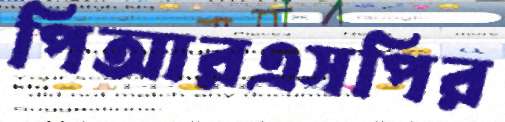
পিআরএসপির